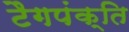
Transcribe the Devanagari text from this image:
टैगपंक्ति